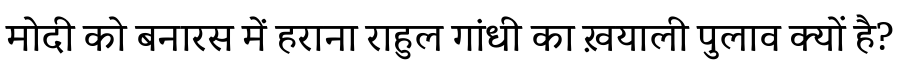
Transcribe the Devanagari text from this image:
मोदी को बनारस में हराना राहुल गांधी का ख़याली पुलाव क्यों है?